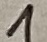
Text: 1